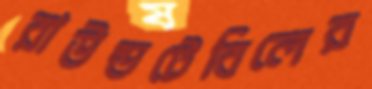
রাউন্ডটেবিলের